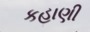
કહાણી